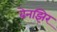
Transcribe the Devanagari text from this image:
बेनझिर